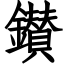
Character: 鑚